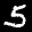
Label: 5